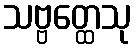
သဗ္ဗတ္ထေသု